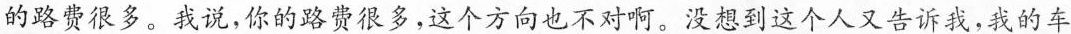
的路费很多。我说，你的路费很多，这个方向也不对啊。没想到这个人又告诉我，我的车